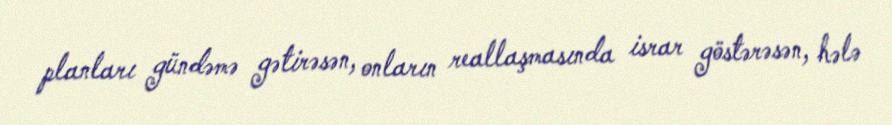
planları gündəmə gətirəsən, onların reallaşmasında israr göstərəsən, hələ